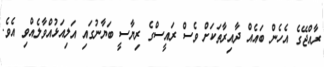
ރާއްޖޭގެ އެހެން ބައެއް ދާއިރާތަކަށް ވެސް ރައީސްގެ ރިޔާސީ ބަޔާނުގައި އަލިއަޅުއްވާލެއްވި އެވެ.